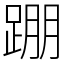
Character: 𨂃